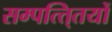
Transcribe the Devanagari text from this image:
सम्पत्ति्तयों